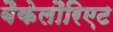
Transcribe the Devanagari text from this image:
बैकेलौरिएट